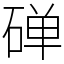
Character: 䃅